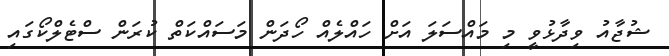
ޝުޖާއު ވިދާޅުވީ މި މައްސަލަ އަށް ހައްލެއް ހޯދަން މަސައްކަތް ކުރަން ސްޓެލްކޯގައި